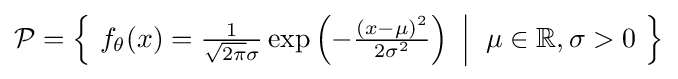
{\mathcal {P}}={\Big \{}\ f_{\theta }(x)={\tfrac {1}{{\sqrt {2\pi }}\sigma }}\exp \left(-{\tfrac {(x-\mu )^{2}}{2\sigma ^{2}}}\right)\ {\Big |}\;\;\mu \in \mathbb {R} ,\sigma >0\ {\Big \}}